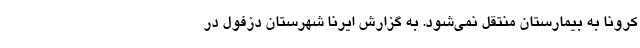
کرونا به بیمارستان منتقل نمی‌شود. به گزارش ایرنا شهرستان دزفول در